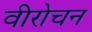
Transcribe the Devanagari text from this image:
वीरोचन